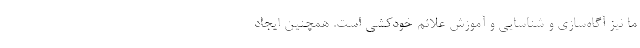
ما نیز آگاه‌سازی و شناسایی و آموزش علائم خودکشی است. همچنین ایجاد